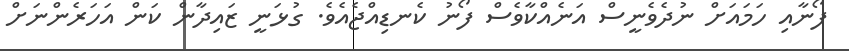
ފޯނާއި ހަމައަށް ނުދެވެނީސް އަނެއްކާވެސް ފޯނު ކެނޑިއްޖެއެވެ. ގުޅަނީ ޒައިދާން ކަން އަހަރެންނަށް